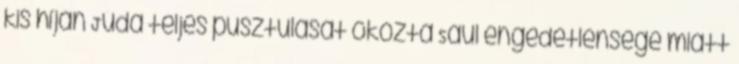
kis híján Júda teljes pusztulását okozta Saul engedetlensége miatt